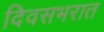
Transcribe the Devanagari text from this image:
दिवसभरात